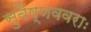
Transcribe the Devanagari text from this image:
सुवैष्णववराः